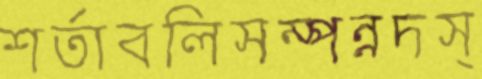
শর্তাবলিসম্পন্নদস্